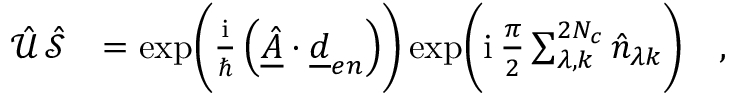
\begin{array} { r l } { \hat { \mathcal { U } } \, \hat { \mathcal { S } } } & { = \exp \biggl ( \frac { \mathrm { i } } { \hbar } \left( \underline { { \hat { A } } } \cdot \underline { { d } } _ { e n } \right) \biggr ) \exp \biggl ( \mathrm { i } \, \frac { \pi } { 2 } \sum _ { \lambda , k } ^ { 2 N _ { c } } \hat { n } _ { \lambda k } \biggr ) \quad , } \end{array}